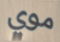
موي